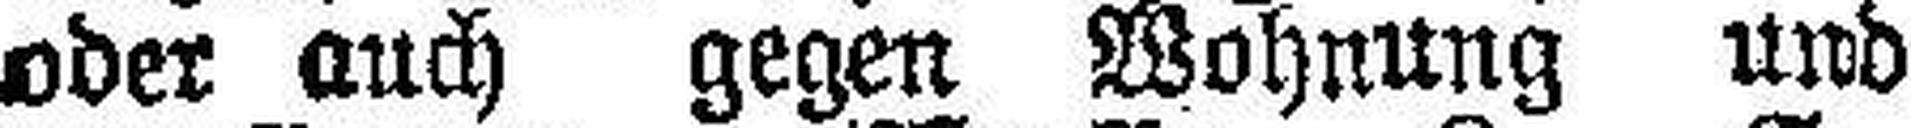
oder auch gegen Wohnung und